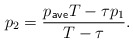
\begin{align*} p_2 = \frac{p_{\sf ave} T - \tau p_1}{T-\tau}. \end{align*}